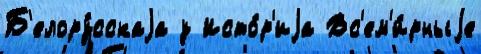
Б'елору́сскаjа у Исто́р'иjа Вс'ем'и́рныjе